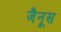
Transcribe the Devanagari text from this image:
जैनूस